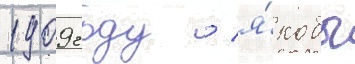
1909 году / я́кобы